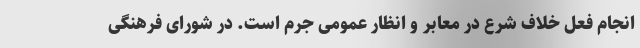
انجام فعل خلاف شرع در معابر و انظار عمومی جرم است. در شورای فرهنگی